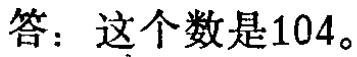
答：这个数是\(104\)。